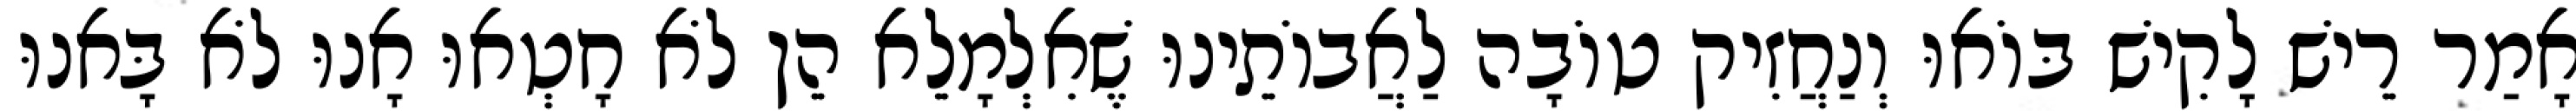
אָמַר רֵישׁ לָקִישׁ בּוֹאוּ וְנַחֲזִיק טוֹבָה לַאֲבוֹתֵינוּ שֶׁאִלְמָלֵא הֵן לֹא חָטְאוּ אָנוּ לֹא בָּאנוּ